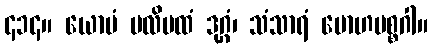
၄၁၄။ ယောမံ ပလိပထံ ဒုဂ္ဂံ၊ သံသာရံ မောဟမစ္စဂါ။